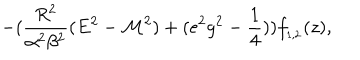
- ( \frac { R ^ { 2 } } { \alpha ^ { 2 } \beta ^ { 2 } } ( E ^ { 2 } - { \cal M } ^ { 2 } ) + ( e ^ { 2 } g ^ { 2 } - \frac { 1 } { 4 } ) ) f _ { _ { 1 , 2 } } ( z ) ,